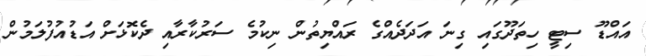
އައްޑޫ ސިޓީ ހިތަދޫގައި ގިނަ އަދަދެއްގެ ރައްޔިތުން ނިކުމެ ސަރުކާރާއި ދެކޮޅަށް އަޑުއުފުލަމުން